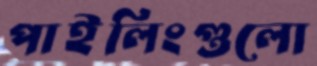
পাইলিংগুলো